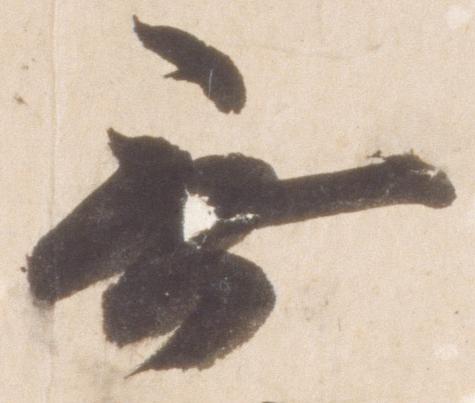
無